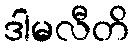
ဒါမလီတိ